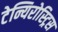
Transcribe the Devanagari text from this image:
टेन्यिरोस्ट्रिस